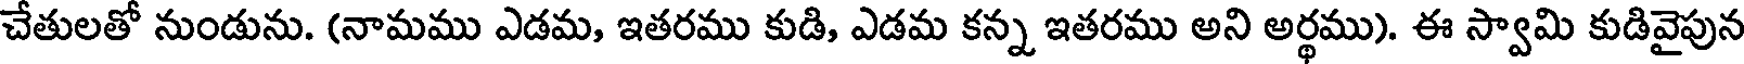
చేతులతో నుండును. (నామము ఎడమ, ఇతరము కుడి, ఎడమ కన్న ఇతరము అని అర్థము). ఈ స్వామి కుడివైపున